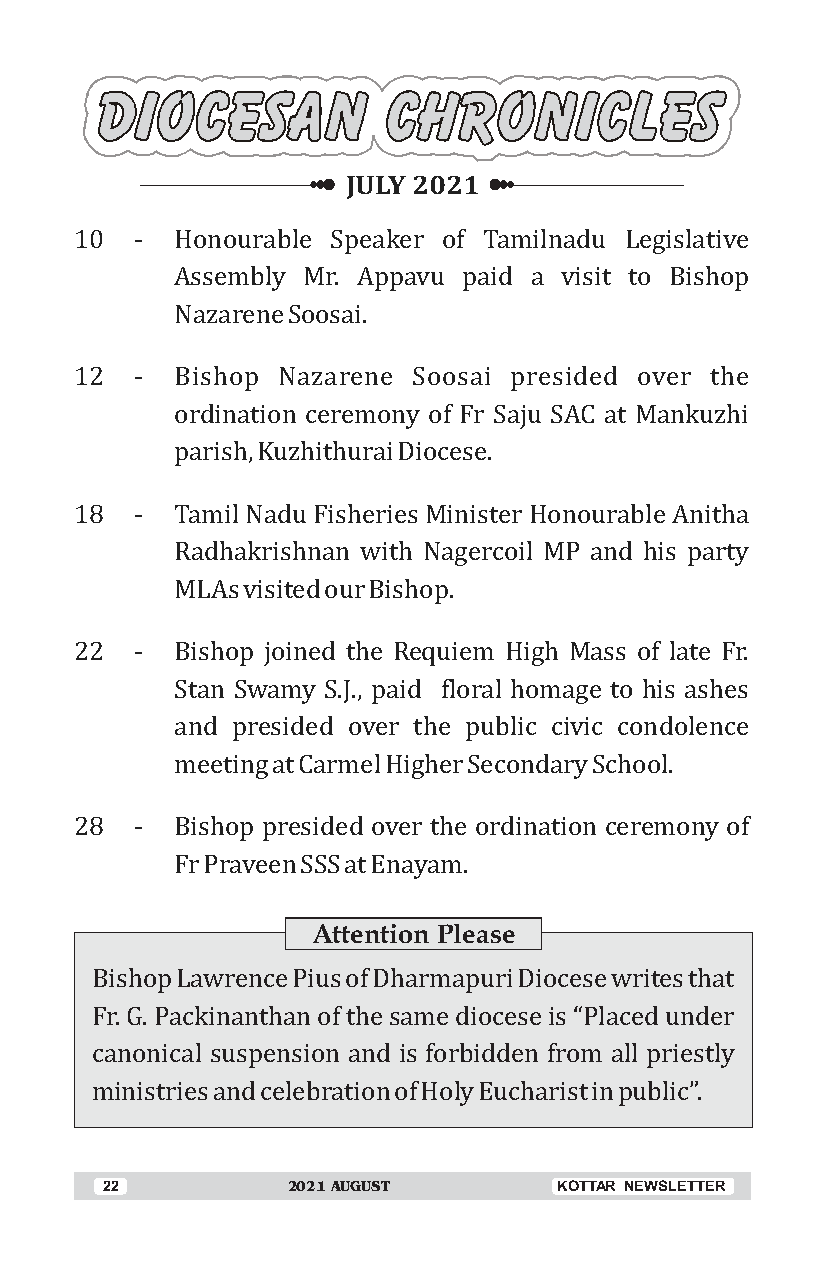
JULY 2021
 10  -  Honourable Speaker of Tamilnadu Legislative
 Assembly Mr. Appavu paid a visit to Bishop
 Nazarene Soosai.
 12  -  Bishop Nazarene Soosai presided over the
 ordination ceremony of Fr Saju SAC at Mankuzhi
 parish, Kuzhithurai Diocese.
 18  -  Tamil Nadu Fisheries Minister Honourable Anitha
 Radhakrishnan with Nagercoil MP and his party
 MLAs visited our Bishop.
 22  -  Bishop joined the Requiem High Mass of late Fr.
 Stan Swamy S.J., paid floral homage to his ashes
 and presided over the public civic condolence
 meeting at Carmel Higher Secondary School.
 28  -  Bishop presided over the ordination ceremony of
 Fr Praveen SSS at Enayam.
 Attention Please
 Bishop Lawrence Pius of Dharmapuri Diocese writes that
 Fr. G. Packinanthan of the same diocese is “Placed under
 canonical suspension and is forbidden from all priestly
 ministries and celebration of Holy Eucharist in public”.
 22          2021 AUGUST       KOTTAR NEWSLETTER